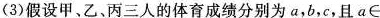
(3)假设甲、乙、丙三人的体育成绩分别为a，b，c，且a\in